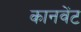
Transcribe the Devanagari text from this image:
कानवेंट